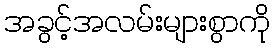
အခွင့်အလမ်းများစွာကို